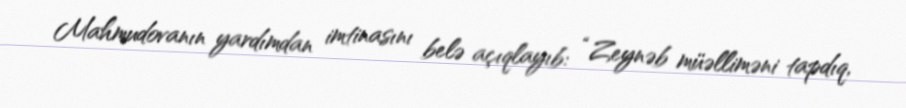
Mahmudovanın yardımdan imtinasını belə açıqlayıb: “Zeynəb müəlliməni tapdıq,